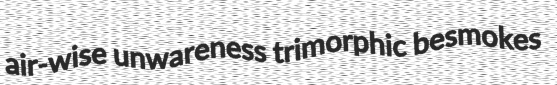
air-wise unwareness trimorphic besmokes